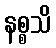
နစ္စသိ